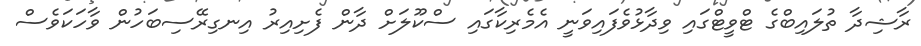
ރާޝިދާ ތުލައިބްގެ ޓްވީޓްގައި ވިދާޅުވެފައިވަނީ އެމެރިކާގައި ސްކޫލަށް ދާން ފެށިއިރު އިނގިރޭސިބަހުން ވާހަކަވެސް